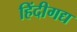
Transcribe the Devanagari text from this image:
हिंदीगद्य